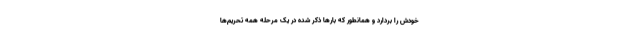
خودش را بردارد و همانطور که بار‌ها ذکر شده در یک مرحله همه تحریم‌ها